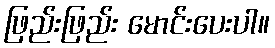
ဖြည်းဖြည်း မောင်းပေးပါ။